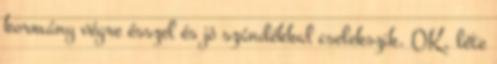
kormány végre ésszel és jó szándékkal cselekszik. OK, léte